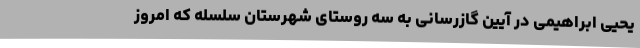
یحیی ابراهیمی در آیین گازرسانی به سه روستای شهرستان سلسله که امروز